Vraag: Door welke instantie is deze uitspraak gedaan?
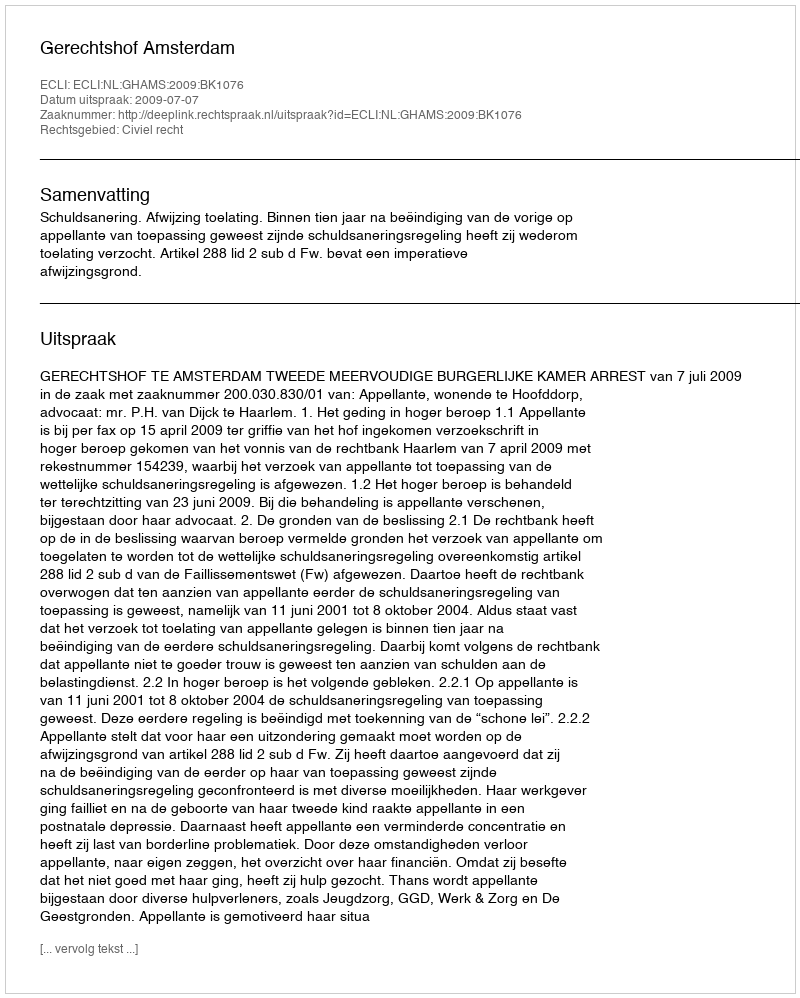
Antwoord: Gerechtshof Amsterdam